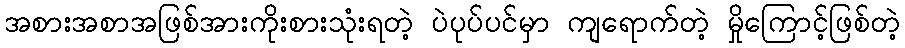
အစားအစာအဖြစ်အားကိုးစားသုံးရတဲ့ ပဲပုပ်ပင်မှာ ကျရောက်တဲ့ မှိုကြောင့်ဖြစ်တဲ့